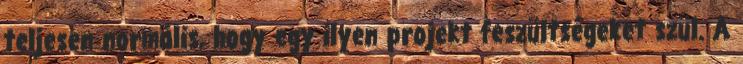
teljesen normális, hogy egy ilyen projekt feszültségeket szül. A